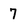
Character: 7